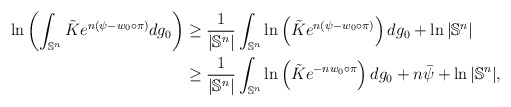
\begin{align*}\ln\left(\int_{\mathbb{S}^n}\tilde{K}e^{n(\psi-w_0\circ \pi)}dg_0\right)&\geq \frac{1}{|\mathbb{S}^n|} \int_{\mathbb{S}^n} \ln \left(\tilde{K}e^{n(\psi-w_0\circ \pi)}\right)dg_0+\ln |\mathbb{S}^n|\\&\geq \frac{1}{|\mathbb{S}^n|} \int_{\mathbb{S}^n} \ln \left(\tilde{K}e^{-nw_0\circ \pi}\right)dg_0+n\bar{\psi}+\ln |\mathbb{S}^n|,\end{align*}